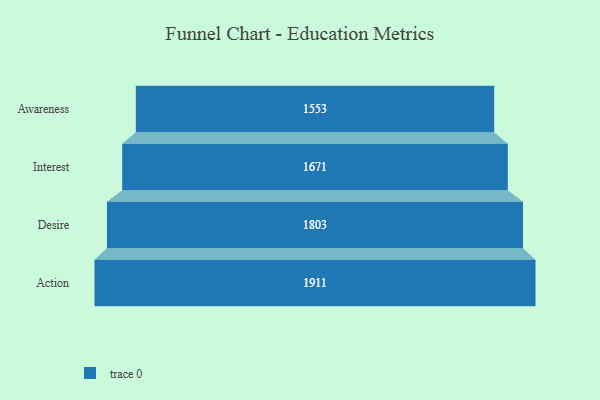
{"axis": {"x": "Stage", "y": "Value"}, "legend": [""], "data": [{"x": "Awareness", "y": 1553.0, "type": ""}, {"x": "Interest", "y": 1671.0, "type": ""}, {"x": "Desire", "y": 1803.0, "type": ""}, {"x": "Action", "y": 1911.0, "type": ""}]}